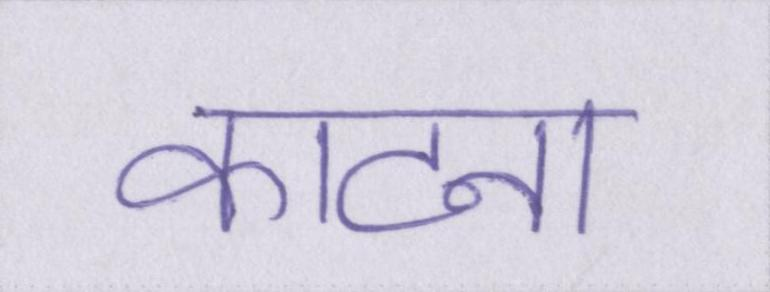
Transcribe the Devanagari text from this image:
काटना